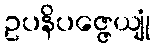
ဥပနိပဇ္ဇေယျုံ